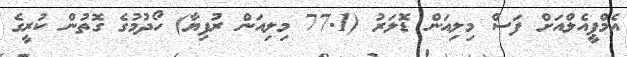
އެމްޕީއެލްއަށް ފަސް މިލިއަން ޑޮލަރު (77.1 މިލިއަން ރުފިޔާ) ހޯދުމުގެ ގޮތުން ކުރީގެ